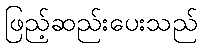
ဖြည့်ဆည်းပေးသည်